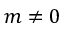
m \neq 0